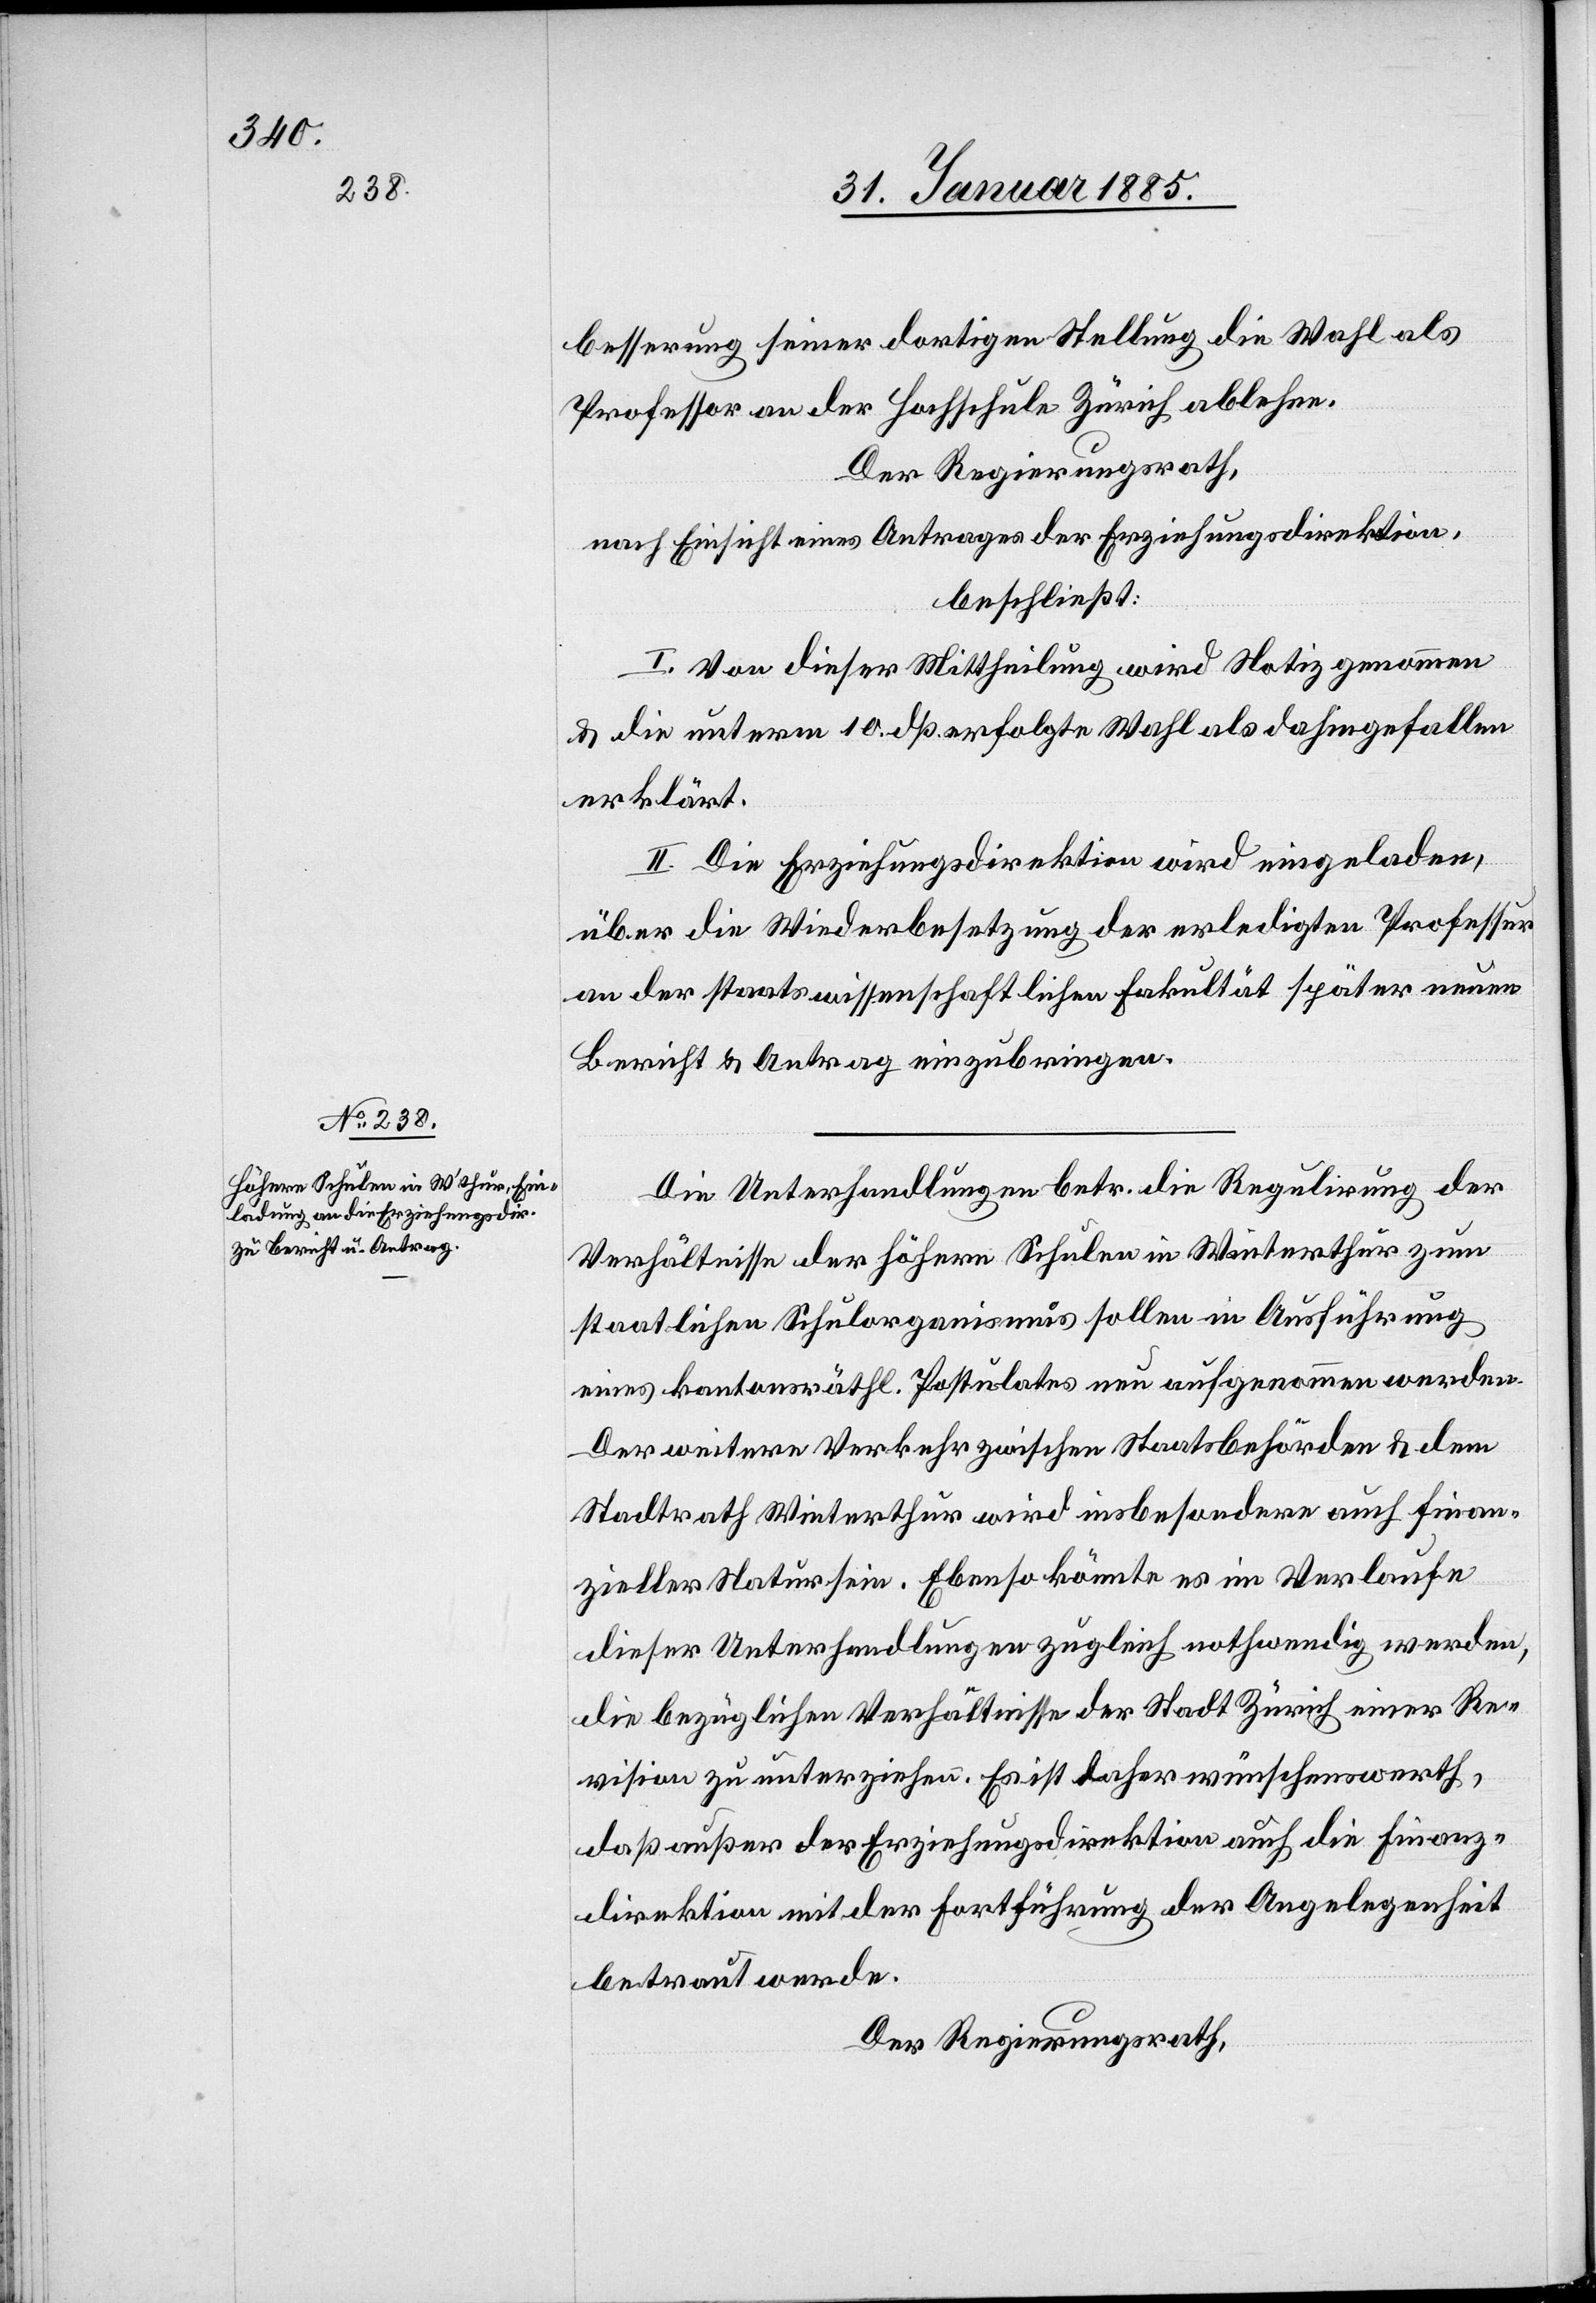
besserung seiner dortigen Stellung die Wahl als
Professor an der Hochschule Zürich ablehne.
Der Regierungsrath,
nach Einsicht eines Antrages der Erziehungsdirektion,
beschließt:
I. Von dieser Mittheilung wird Notiz genommen
& die unterm 10. dß. erfolgte Wahl als dahingefallen
erklärt.
II. Die Erziehungsdirektion wird eingeladen,
über die Wiederbesetzung der erledigten Professor¬
en der staatswissenschaftlichen Fakultät später neuen
Bericht & Antrag einzubringen.
Die Unterhandlungen betr. die Regulirung der
Verhältnisse der höhern Schulen in Winterthur zum
staatlichen Schulorganismus sollen in Ausführung
eines kantonsräthl. Postulates neu aufgenommen werden.
Der weitere Verkehr zwischen Staatsbehörden & dem
Stadtrath Winterthur wird insbesondere auch finan¬
zieller Natur sein. Ebenso könnte es im Verlaufe
dieser Unterhandlungen zugleich nothwendig werden,
die bezüglichen Verhältnisse der Stadt Zürich einer Re¬
vision zu unterziehen. Es ist daher wünschenswerth,
das außer der Erziehungsdirektion auch die Finanz¬
direktion mit der Fortführung der Angelegenheit
betraut werde.
Der Regierungsrath,